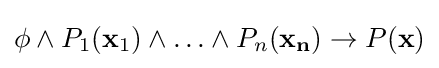
\phi \land P_{1}(\mathbf {x} _{1})\land \ldots \land P_{n}(\mathbf {x_{n}} )\to P(\mathbf {x} )